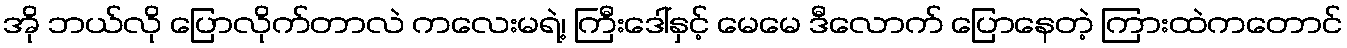
အို ဘယ်လို ပြောလိုက်တာလဲ ကလေးမရဲ့၊ ကြီးဒေါ်နှင့် မေမေ ဒီလောက် ပြောနေတဲ့ ကြားထဲကတောင်